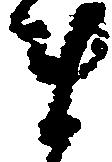
ま